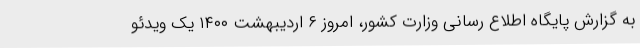
به گزارش پایگاه اطلاع رسانی وزارت کشور، امروز ۶ اردیبهشت ۱۴۰۰ یک ویدئو